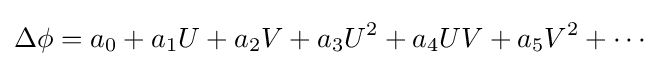
\Delta \phi =a_{0}+a_{1}U+a_{2}V+a_{3}U^{2}+a_{4}UV+a_{5}V^{2}+\cdots